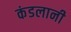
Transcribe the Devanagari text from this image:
कंडलानी